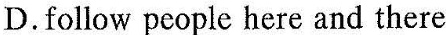
D.follow people here and there